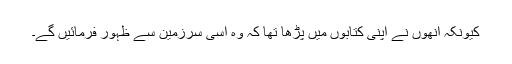
کیونکہ انھوں نے اپنی کتابوں میں پڑھا تھا کہ وہ اسی سرزمین سے ظہور فرمائیں گے۔